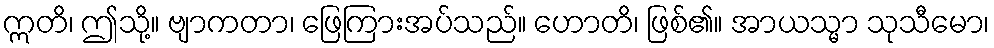
ဣတိ၊ ဤသို့။ ဗျာကတာ၊ ဖြေကြားအပ်သည်။ ဟောတိ၊ ဖြစ်၏။ အာယသ္မာ သုသီမော၊